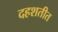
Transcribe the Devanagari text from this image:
दहशतीत